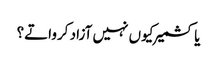
یا کشمیر کیوں نہیں آزاد کرواتے؟